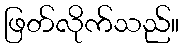
ဖြတ်လိုက်သည်။